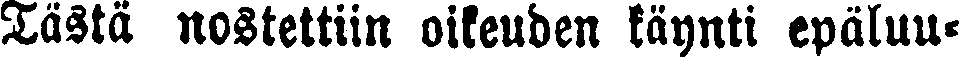
Tästä nostettiin oikeuden käynti epäluu-